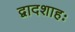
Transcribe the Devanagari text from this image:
द्वादशाहः